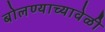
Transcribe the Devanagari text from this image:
बोलण्याच्यावेळी